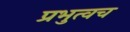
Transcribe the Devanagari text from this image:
प्रभुत्वच